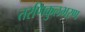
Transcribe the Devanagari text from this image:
तरणिकुलभरण